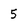
Character: 5